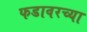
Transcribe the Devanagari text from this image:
फडावरच्या